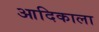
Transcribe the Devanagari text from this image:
आदिकाला